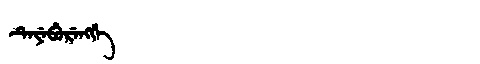
Manchu: ᡨᡝᠶᡝᠪᡠᡵᡝᠩᡤᡝ
Romanization: TEYEBURENGGE